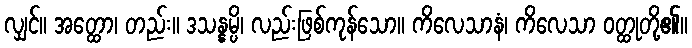
လျှင်။ အတ္ထော၊ တည်း။ ဒသန္နမ္ပိ၊ လည်းဖြစ်ကုန်သော။ ကိလေသာနံ၊ ကိလေသာ ဝတ္ထုတို့၏။